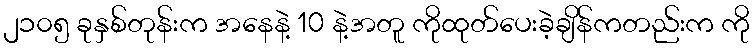
၂၁၀၅ ခုနှစ်တုန်းက အနေနဲ့ 10 နဲ့အတူ ကိုထုတ်ပေးခဲ့ချိန်ကတည်းက ကို